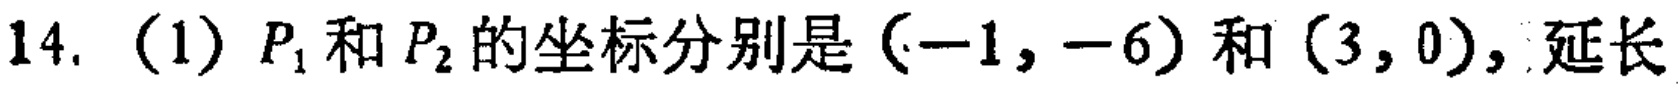
14. (1) \(P_1\)和\(P_2\)的坐标分别是\((-1,-6)\)和\((3,0)\)，延长